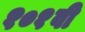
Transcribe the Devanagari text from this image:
१०१वी